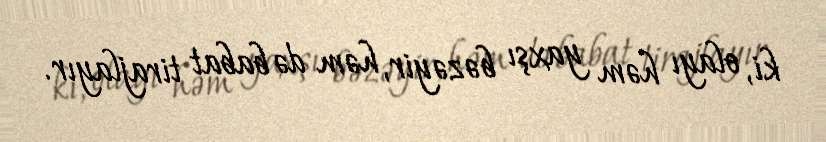
ki, olayı həm yaxşı bəzəyir, həm də babat tirajlayır.